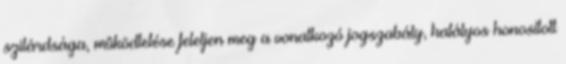
szilárdsága, mûködtetése feleljen meg a vonatkozó jogszabály, hatályos honosított